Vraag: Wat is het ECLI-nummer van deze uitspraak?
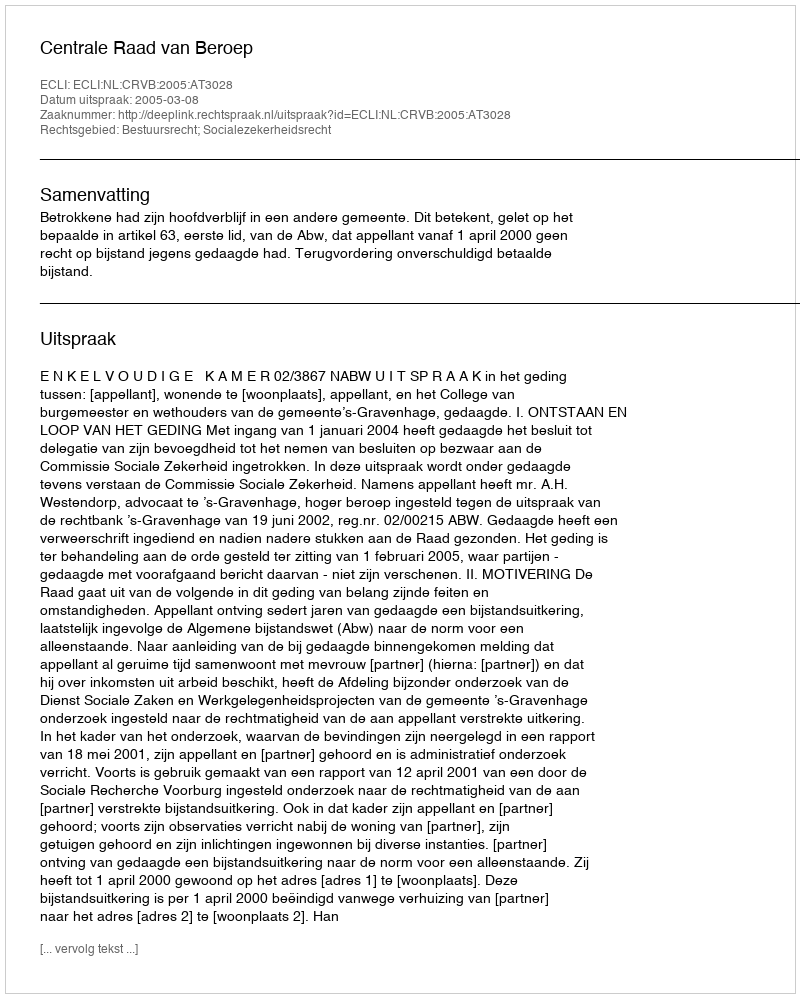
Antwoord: ECLI:NL:CRVB:2005:AT3028